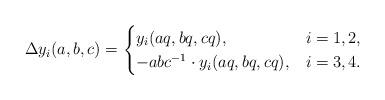
LaTeX: \begin{align*}\Delta y_{i} (a, b, c) = \begin{cases}y_{i} (a q, b q, c q), & i = 1, 2, \\- a b c^{-1} \cdot y_{i} (a q, b q, c q), & i = 3, 4. \end{cases}\end{align*}